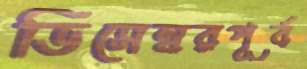
ডিসেম্বরপূর্ব